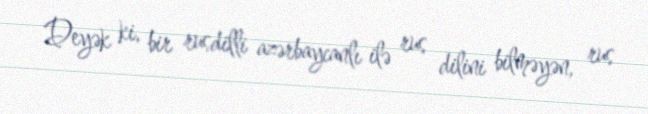
Deyək ki, bir rusdilli azərbaycanlı ilə rus dilini bilməyən, rus